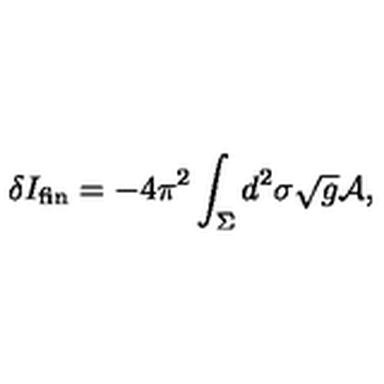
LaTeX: \delta I _ { \mathrm { f i n } } = - 4 \pi ^ { 2 } \int _ { \Sigma } d ^ { 2 } \sigma \sqrt { g } { \cal A } ,